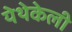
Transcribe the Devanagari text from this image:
येथेकेली